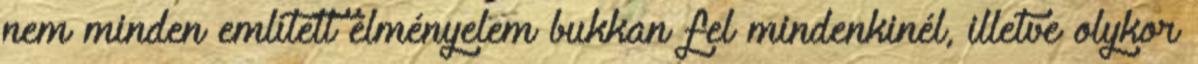
nem minden említett élményelem bukkan fel mindenkinél, illetve olykor